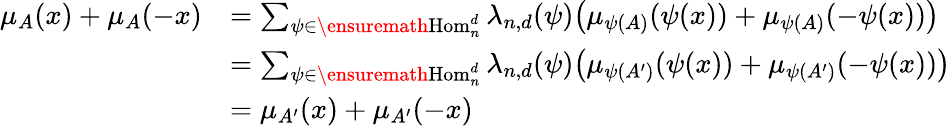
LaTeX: \begin{array}{rl}{\mu_{A}(x)+\mu_{A}(-x)}&{=\sum_{\psi\in\ensuremath{\operatorname{Hom}}_{n}^{d}}\lambda_{n,d}(\psi)\big(\mu_{\psi(A)}(\psi(x))+\mu_{\psi(A)}(-\psi(x))\big)}\\ &{=\sum_{\psi\in\ensuremath{\operatorname{Hom}}_{n}^{d}}\lambda_{n,d}(\psi)\big(\mu_{\psi(A^{\prime})}(\psi(x))+\mu_{\psi(A^{\prime})}(-\psi(x))\big)}\\ &{=\mu_{A^{\prime}}(x)+\mu_{A^{\prime}}(-x)}\end{array}